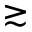
\gtrsim